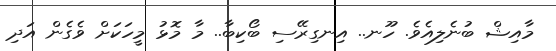
މާއިޝް ބުނެލިއެވެ. ހޫނ.. އިނގިރޭސި ބޯކިބާ.. މާ މޮޅު މީހަކަށް ވެގެން އަދި